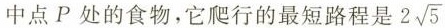
中点P处的食物，它爬行的最短路程是 2 \sqrt{5}